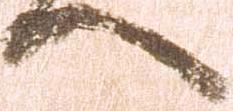
へ